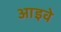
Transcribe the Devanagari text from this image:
आइवे